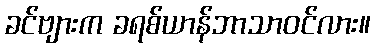
ခင်ဗျားက ခရစ်ယာန်ဘာသာဝင်လား။